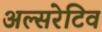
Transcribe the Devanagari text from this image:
अल्सरेटिव